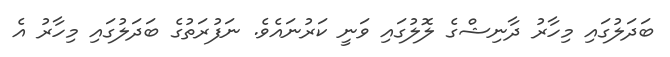
ބަދަލުގައި މިހާރު ދާނިޝްގެ ލޮލުގައި ވަނީ ކަރުނައެވެ. ނަފުރަތުގެ ބަދަލުގައި މިހާރު އެ